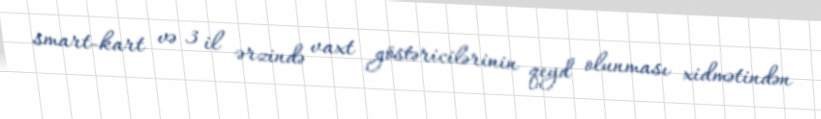
smart-kart və 3 il ərzində vaxt göstəricilərinin qeyd olunması xidmətindən